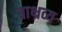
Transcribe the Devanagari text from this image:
ब्राभ्रव्य